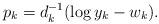
LaTeX: \begin{align*}p_k=d_k^{-1}(\log y_k- w_k).\end{align*}